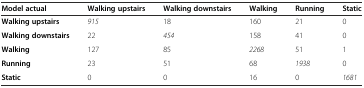
<table><thead><tr><td><b>Model actual</b></td><td><b>Walking upstairs</b></td><td><b>Walking downstairs</b></td><td><b>Walking</b></td><td><b>Running</b></td><td><b>Static</b></td></tr></thead><tbody><tr><td><b>Walking upstairs</b></td><td><i>915</i></td><td>18</td><td>160</td><td>21</td><td>0</td></tr><tr><td><b>Walking downstairs</b></td><td>22</td><td><i>454</i></td><td>158</td><td>41</td><td>0</td></tr><tr><td><b>Walking</b></td><td>127</td><td>85</td><td><i>2268</i></td><td>51</td><td>1</td></tr><tr><td><b>Running</b></td><td>23</td><td>51</td><td>68</td><td><i>1938</i></td><td>0</td></tr><tr><td><b>Static</b></td><td>0</td><td>0</td><td>16</td><td>0</td><td><i>1681</i></td></tr></tbody></table>